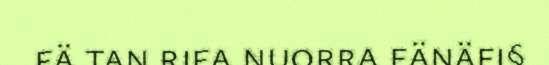
fä tan rifa nuorra fänäfi§